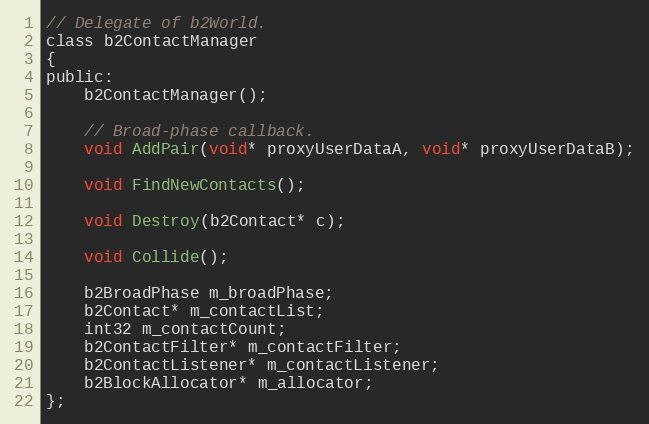
Language: C
// Delegate of b2World.
class b2ContactManager
{
public:
	b2ContactManager();

	// Broad-phase callback.
	void AddPair(void* proxyUserDataA, void* proxyUserDataB);

	void FindNewContacts();

	void Destroy(b2Contact* c);

	void Collide();

	b2BroadPhase m_broadPhase;
	b2Contact* m_contactList;
	int32 m_contactCount;
	b2ContactFilter* m_contactFilter;
	b2ContactListener* m_contactListener;
	b2BlockAllocator* m_allocator;
};